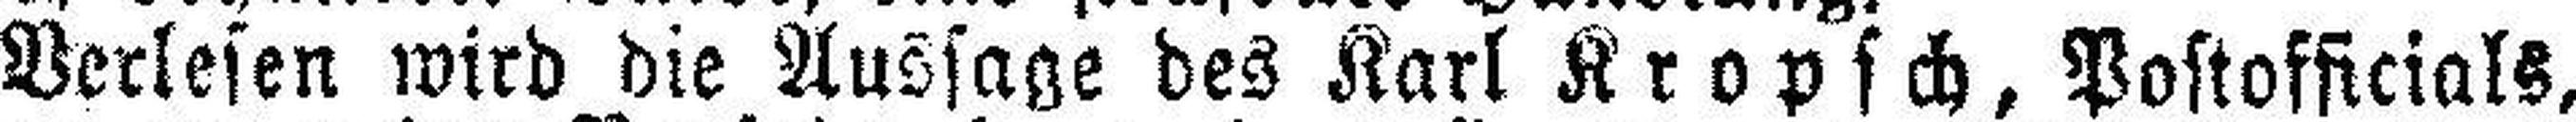
Verlesen wird die Aussage des Karl Kropsch, Postofficials,